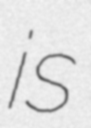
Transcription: is